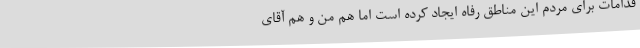
قدامات برای مردم این مناطق رفاه ایجاد کرده است اما هم من و هم آقای